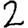
Digit: 2